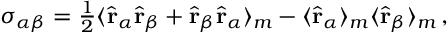
\begin{array} { r } { \sigma _ { \alpha \beta } = \frac { 1 } { 2 } \langle \hat { \bf { r } } _ { \alpha } \hat { \bf { r } } _ { \beta } + \hat { \bf { r } } _ { \beta } \hat { \bf { r } } _ { \alpha } \rangle _ { m } - \langle \hat { \bf { r } } _ { \alpha } \rangle _ { m } \langle \hat { \bf { r } } _ { \beta } \rangle _ { m } \, , } \end{array}